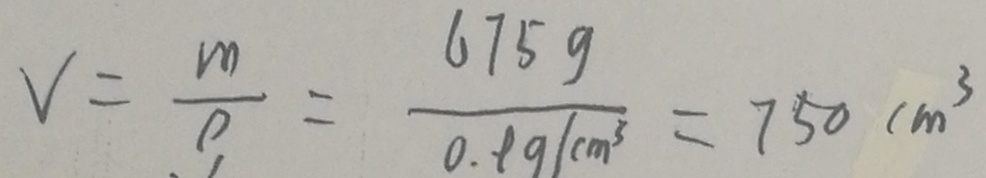
V = \frac { m } { \rho } = \frac { 6 7 5 g } { 0 . 9 g / c m ^ { 3 } } = 7 5 0 c m ^ { 3 }